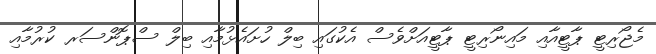
މެޖޯރިޓީ ޕާޓީއާއި މައިނޯރިޓީ ޕާޓީއަށްވެސް އެކުގައި ބިލް ހުށައެޅުމާއި ބިލް ސްޕޮންސަރ ކުރުމާއި